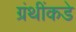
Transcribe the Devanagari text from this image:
ग्रंथींकडे